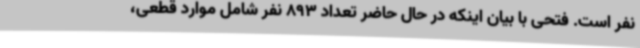
نفر است. فتحی با بیان اینکه در حال حاضر تعداد 893 نفر شامل موارد قطعی،